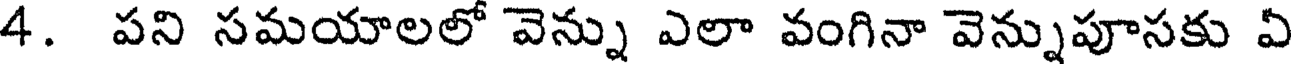
4. పని సమయాలలో వెన్ను ఎలా వంగినా వెన్నుపూసకు ఏ